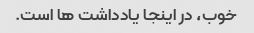
خوب، در اینجا یادداشت ها است.